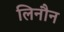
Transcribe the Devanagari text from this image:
लिनौन